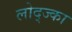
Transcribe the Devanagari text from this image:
लोद्ज्का